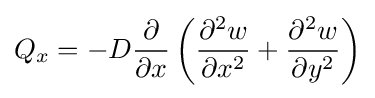
Q_{x}=-D{\frac {\partial }{\partial x}}\left({\frac {\partial ^{2}w}{\partial x^{2}}}+{\frac {\partial ^{2}w}{\partial y^{2}}}\right)